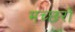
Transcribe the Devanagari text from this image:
मच्‍छरों